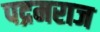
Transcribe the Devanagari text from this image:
पद्रमराज